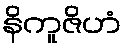
နိကူဇိဟံ